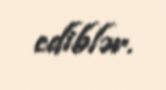
ediblər.